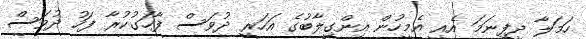
ހަމަލާ ދީފިނަމަ އެއީ އެމީހުން އިންގިލާބުގެ އަހަރީ ދުވަސް ފާހަގުކުރާ ފަހު ދުވަސް